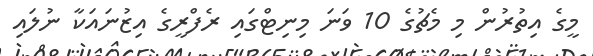
މީގެ އިތުރުން މި މެޗުގެ 10 ވަނަ މިނިޓްގައި ރެފްރީގެ އިޒުނައަކާ ނުލައި